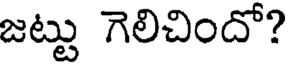
జట్టు గెలిచిందో?